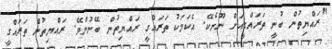
"ރައްޔިތުން ބުނީ ތަރައްގީއަށް ނޫނެކޭ. އެކަމަކު ތަރައްގީ ރައްޔިތުން ބޭނުންވޭ. ރައްޔިތުން ތަރައްގީ